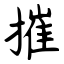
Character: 摧